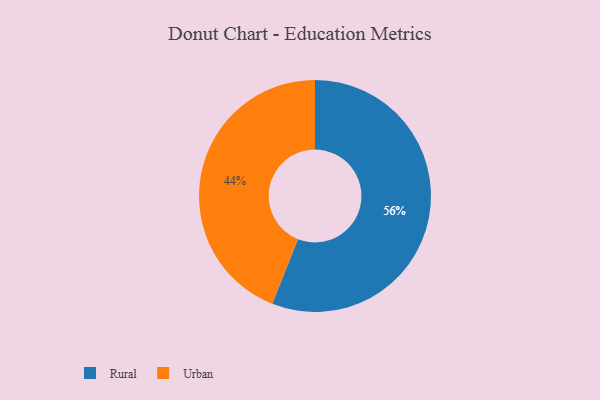
{"axis": {"x": "Category", "y": "Percentage"}, "legend": ["Rural", "Urban"], "data": [{"x": "Urban", "y": 44, "type": "Urban"}, {"x": "Rural", "y": 56, "type": "Rural"}]}